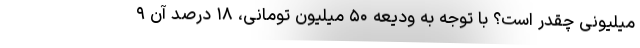
میلیونی چقدر است؟ با توجه به ودیعه ۵۰ میلیون تومانی، ۱۸ درصد آن ۹